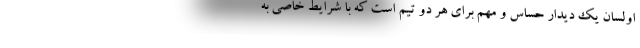
اولسان یک دیدار حساس و مهم برای هر دو تیم است که با شرایط خاصی به